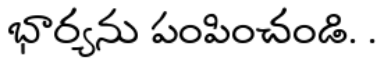
భార్యను పంపించండి. .